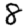
Digit: 8